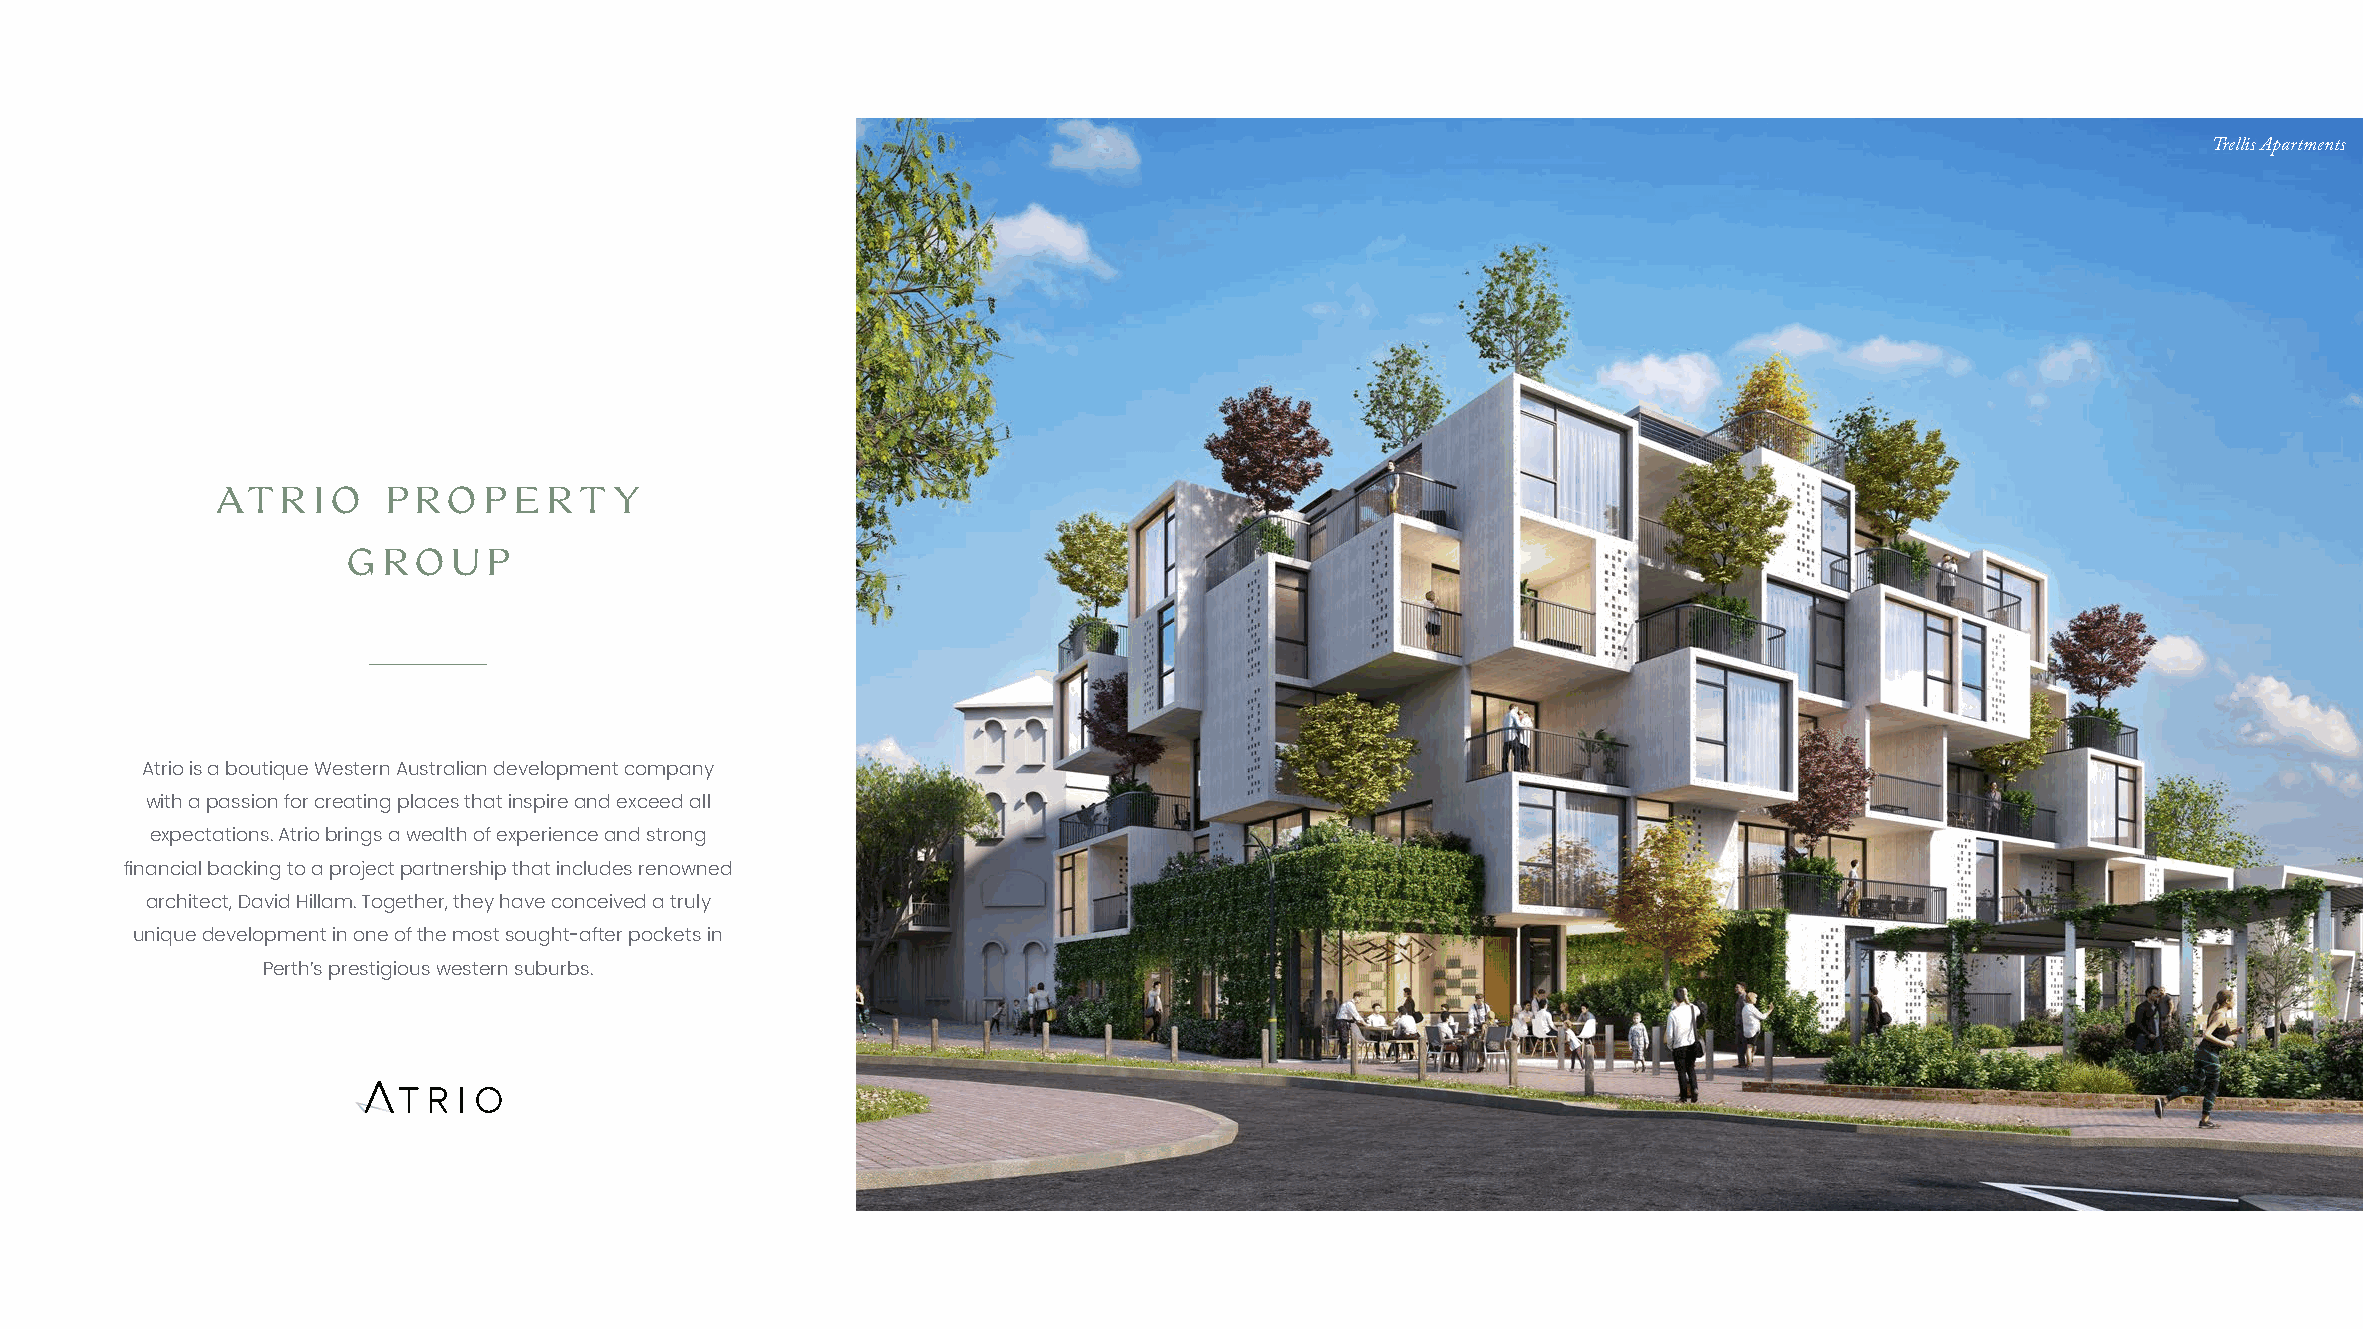
Trellis Apartments
 ATRIO       PROPERT        Y
 GROUP
 Atrio is a boutique Western Australian development company
 with a passion for creating places that inspire and exceed all
 expectations. Atrio brings a wealth of experience and strong
 financial backing to a project partnership that includes renowned
 architect, David Hillam. Together, they have conceived a truly
 unique development in one of the most sought-after pockets in
 Perth’s prestigious western suburbs.